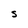
Character: S